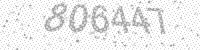
Solution: 806447